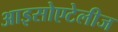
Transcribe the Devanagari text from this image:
आइसोएटेलीज